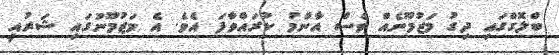
ބްލޮގްގައި ދިގު މަޒުމޫނެއް ވެސް އާންމު ކުރައްވާފަ އެވެ. އެ މަޒުމޫނުގައި ޝަރުއީ